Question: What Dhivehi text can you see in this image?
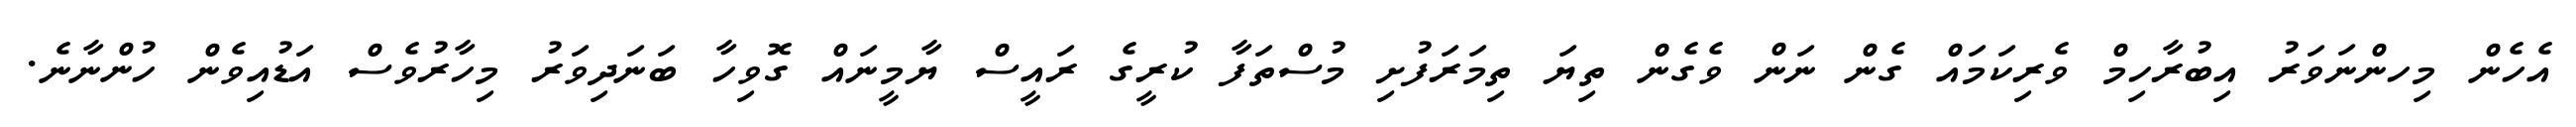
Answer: އެހެން މިހންނަވަރު އިބުރާހިމް ވެރިކަމައް ގެން ނަން ވެގެން ތިޔަ ތިމަރަފުށި މުސްތަފާ ކުރީގެ ރައީސް ޔާމީނައް ގޮވިހާ ބަނަދިވަރު މިހާރުވެސް އަޑުއިވެން ހުންނާނެ.